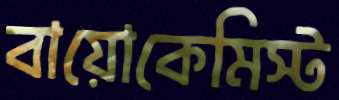
বায়োকেমিস্ট